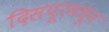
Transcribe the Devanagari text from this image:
दिसपूरमधून